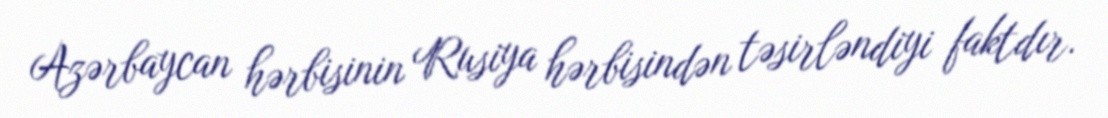
Azərbaycan hərbisinin Rusiya hərbisindən təsirləndiyi faktdır.